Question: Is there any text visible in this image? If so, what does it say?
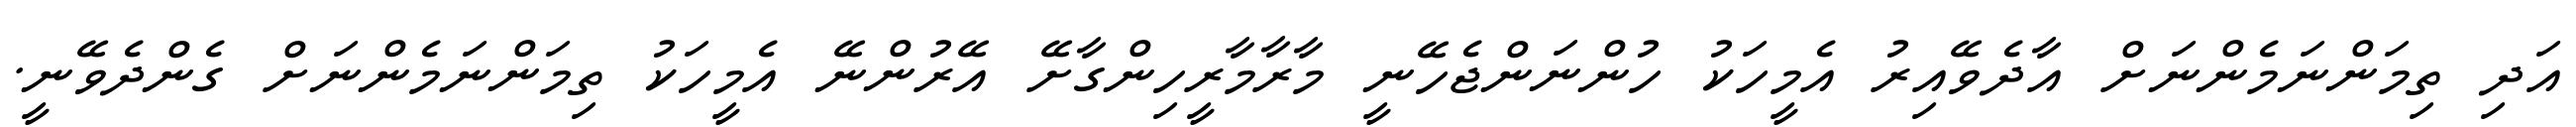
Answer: އަދި ތިމަންނަމެންނަށް އާދެވޭއިރު އެމީހަކު ހުންނަންޖެހޭނީ މާރާމާރީހިންގާށޭ އޭރުންނޭ އެމީހަކު ތިމަންނަމެންނަށް ގެންދެވޭނީ.